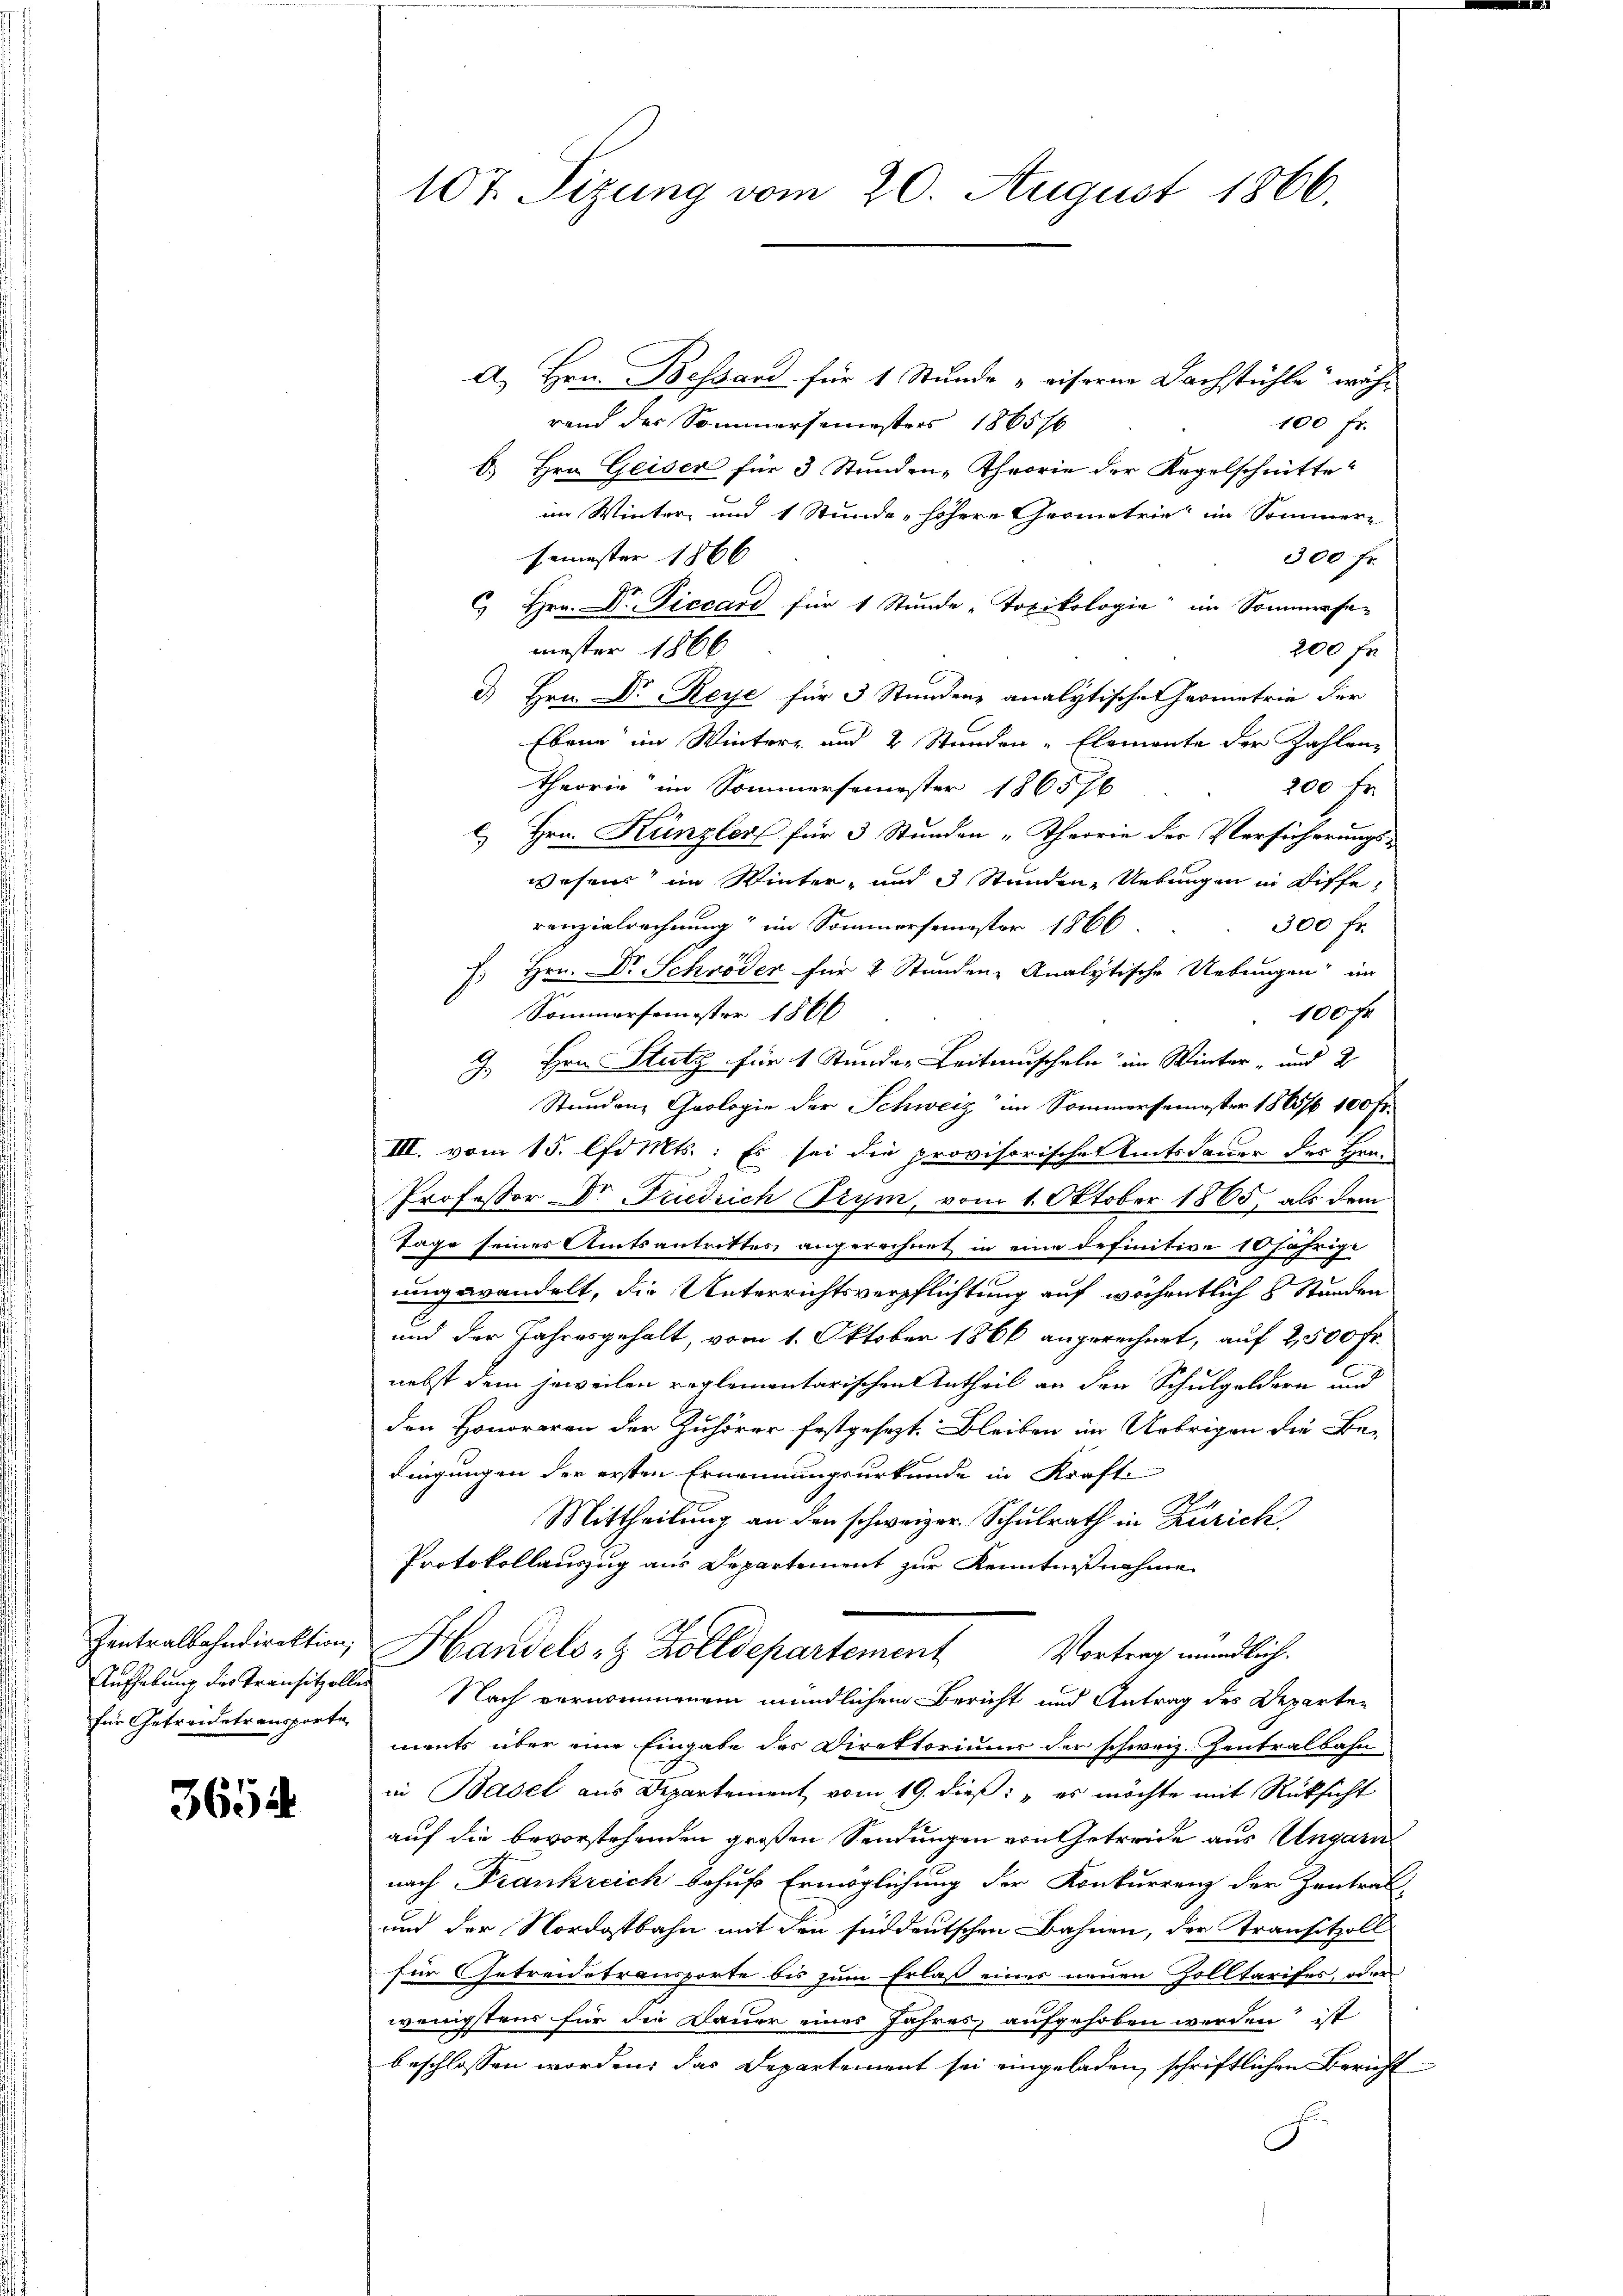
für Getreidetransporte

3654.

A. Hrn. Bessard für 1 Stunde „eiserne Dachstühle wäh-
rand der Sommersemesters 1865/6
100 fr.
b. Hrn. Geiser für 3 Stunden-Theorie der Kegelschnitte
im Winter- und 1 Stunde, höhere Geometrie im Sommern
semester 1866
300 fr.
 Hrn. Dr. Piccard für 1 Stunde "Toxikologie im Sommrasa-
mester 1866
200 fr.
d Hrn. Dr Reye für 3 Stundenz analytischen Prometrie der
Ebene im Winter- und 2 Stunden Elemente der Zahlen-
theorie im Sommersemester 1863/6
200 fr
c. Hrn. Künzler für 3 Stunden „Theorie der Versicherungs-
wesens im Winter- und 3 Stunden Uebungen in Diffe,
300 fr.
renzialrechnung“ im Sommersemester 1866.
J. Hrn. Dr Schröder für 2 Stunden Analytische Uebungen im
100 Fr.
Sommersemester 1866
J Hrn. Stutz für 1 Stunden Leitauscheln im Winter- und 2
Stundenz Geologie der Schweiz im Sommersemester 1885/6 100 Fr.
III. vom 15. Comts.: Es sei die provisorisches Amtsdauer der Han-
Professor Dr Friedrich Trym, vom 1. Oktober 1865, als dem
Tage seines Amtsantrittes angerechnet in eine definitive 10 jährige
ungewandelt, die Unterrichtsverpflichtung auf wöchentlich 8 Stunden
und der Jahresgehalt, vom 1. Oktober 1866 angerechnet, auf 2,500 Fr.
nebst dem jeweilen reglementarischen Antheil an den Schulgeldern und
den Honoraren der Zuhörer festgesezt. Bleiben im Uebrigen die Be-
dingungen der ersten Ernennungsurkunde in Kraft-
Mittheilung an den schweizer. Schulrath in Zürich,
Protokollauszug aus Departement zur Kenntnißnahme
Zentralbahndirektion, Handels- & Zolldepartement Vortrag mündlich.
Aufhebung des Transitzolles Nach vernommenem mündlichem Bericht und Antrag des Departen
ments über eine Eingabe des Direktoriums der schweiz. Zentralbahn
in Basel aus Departement vom 19. dieß: " es möchte mit Rücksicht
auf die bevorstehenden großen Sendungen von Getreide aus Ungarn
nach Frankreich behufs Ermöglichung der Konkurrenz der Zentrat-
und der Nordostbahn mit den süddeutschen Bahnen, der Transitzoll
für Getreidetransporte bis zum Erlaß eines neuen Zolltarises, oder
wenigstens für die Dauer eines Jahres aufgehoben werden ist
beschlossen worden, das Departement sei eingeladen, schriftlichen Bericht

107. Sizung vom 20. August 1866.